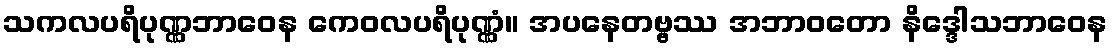
သကလပရိပုဏ္ဏဘာဝေန ကေဝလပရိပုဏ္ဏံ။ အပနေတဗ္ဗဿ အဘာဝတော နိဒ္ဒေါသဘာဝေန